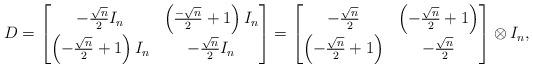
LaTeX: \begin{align*}D = \begin{bmatrix}-\frac{\sqrt{n}}{2} I_n & \left( \frac{-\sqrt{n}}{2} +1\right) I_n\\\left( -\frac{\sqrt{n}}{2} +1\right) I_n & -\frac{\sqrt{n}}{2} I_n\end{bmatrix} = \begin{bmatrix}-\frac{\sqrt{n}}{2} & \left( -\frac{\sqrt{n}}{2} +1\right) \\\left( -\frac{\sqrt{n}}{2} +1\right) & -\frac{\sqrt{n}}{2}\end{bmatrix} \otimes I_n,\end{align*}